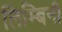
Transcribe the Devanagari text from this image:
लिम्बिनी